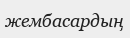
жембасардың